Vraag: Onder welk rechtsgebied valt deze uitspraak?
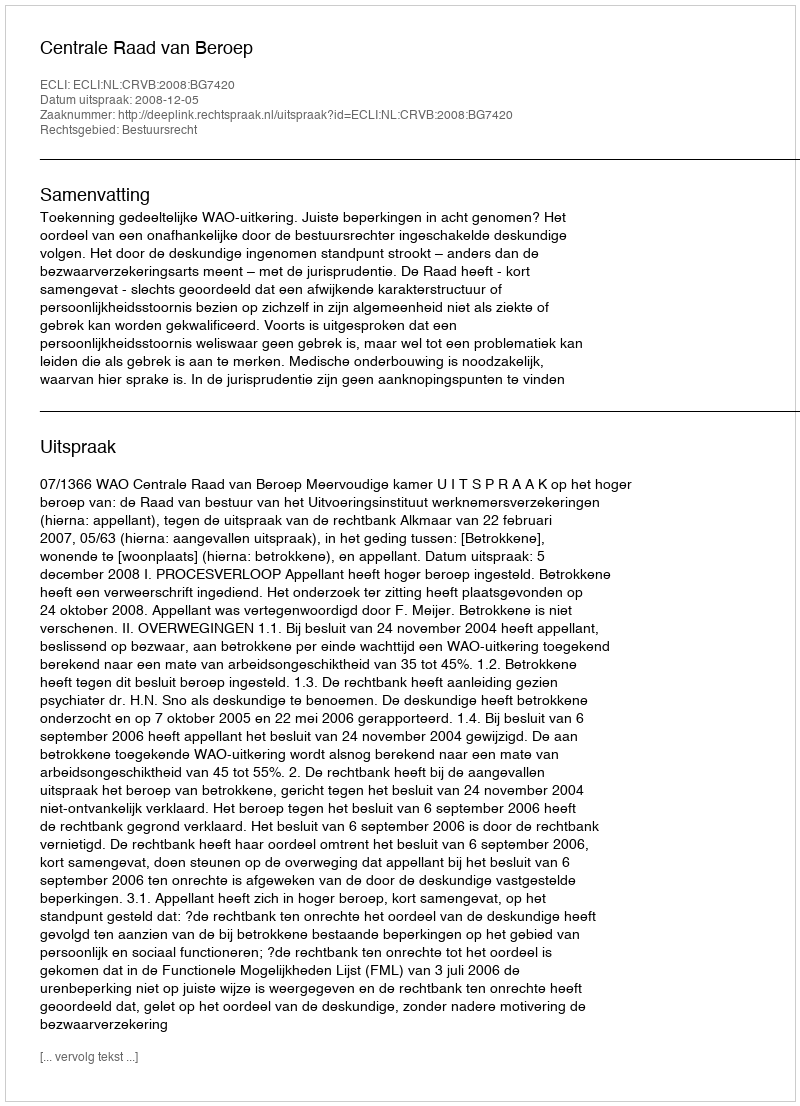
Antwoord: Bestuursrecht